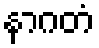
နာဂတံ